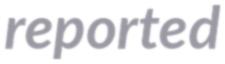
reported